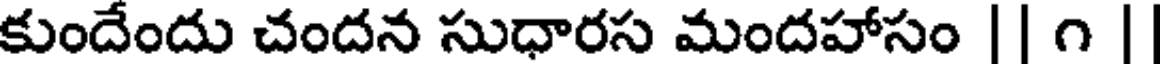
కుందేందు చందన సుధారస మందహాసం || ౧ |